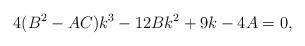
LaTeX: \begin{align*}4(B^2 - AC)k^3 - 12Bk^2 + 9k - 4A = 0,\end{align*}